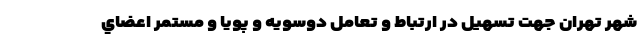
شهر تهران جهت تسهيل در ارتباط و تعامل دوسويه و پويا و مستمر اعضاي